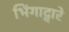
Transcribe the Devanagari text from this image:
भिंगाद्वारे